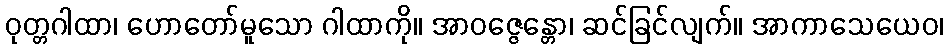
ဝုတ္တဂါထာ၊ ဟောတော်မူသော ဂါထာကို။ အာဝဇ္ဇေန္တော၊ ဆင်ခြင်လျက်။ အာကာသေယေဝ၊